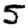
Digit: 5